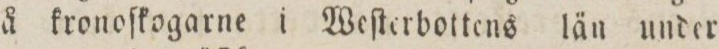
å kronoſkogarne i Weſterbottens län under